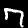
Digit: 7